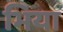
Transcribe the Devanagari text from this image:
भिया